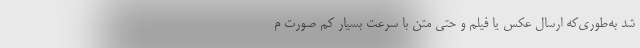
شد به‌طوری‌که ارسال عکس یا فیلم و حتی متن با سرعت بسیار کم صورت م